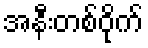
အနီးတစ်ဝိုက်